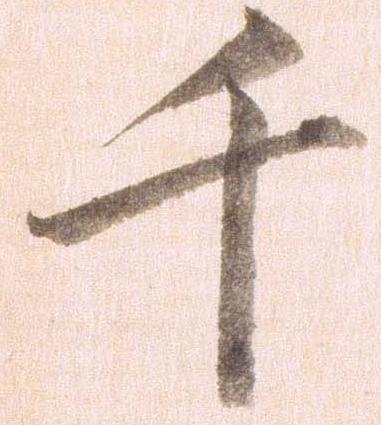
千